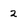
Character: 2